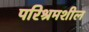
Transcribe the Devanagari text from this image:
परिश्रमशील